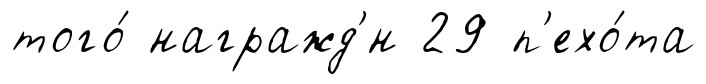
того́ награжд'́н 29 п'ехо́та